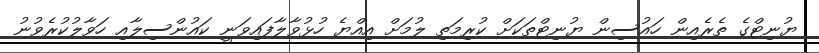
ޔުނިޓްގެ ތެރެއިން ހައުސިން ޔުނިޓްތަކަށް ކުރިމަތި ލުމަށް އިއްޔެ ހުޅުވާލާފައިވަނީ ކައުންސިލާއި ހަވާލުކުރެވުނު